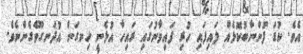
އެވެ. ކުޑަ ފުންނާބުކޮޅެއް ލައިފައި ހުރި ފައިވާނުގައި ރައިހާ އުޅެނީ ހިނގަން އުދަނގޫވެގެންނެވެ.